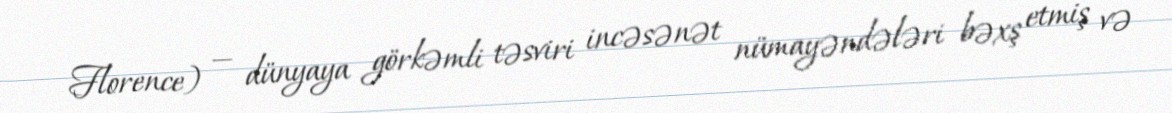
Florence) — dünyaya görkəmli təsviri incəsənət nümayəndələri bəxş etmiş və